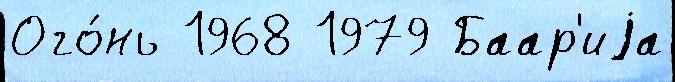
Ого́нь 1968 1979 Баар'иjа